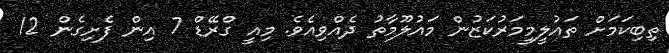
ތިބިކަމަށް ތައުލީމީމަރުކަޒުން މައުލޫމާތު ދެއްވިއެވެ. މިއީ ގްރޭޑް 7 އިން ފެށިގެން 12